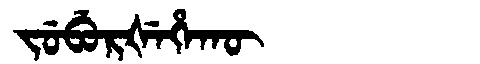
Manchu: ᠵᡠᠪᡠᡵᡧᡝᡥᠠᡴᡡ
Romanization: JUBURŠEHAKŪ